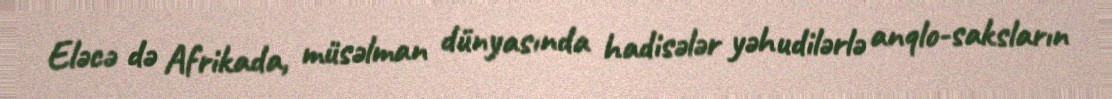
Eləcə də Afrikada, müsəlman dünyasında hadisələr yəhudilərlə anqlo-saksların